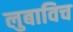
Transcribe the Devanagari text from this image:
लुबाविच